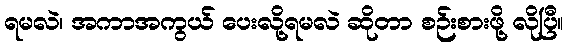
ရမလဲ၊ အကာအကွယ် ပေးလို့ရမလဲ ဆိုတာ စဉ်းစားဖို့ လိုပြီ။